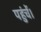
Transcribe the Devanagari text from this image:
पहुंचें।